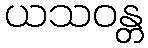
ယသဝန္တ